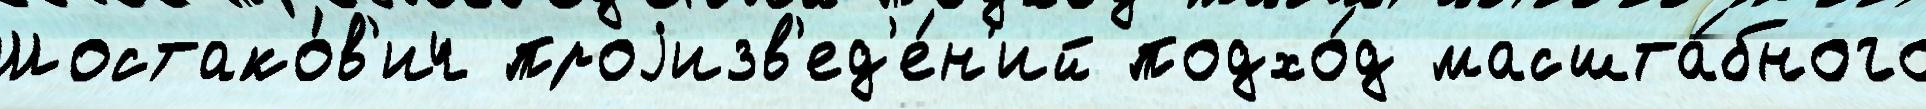
Шостако́в'ич проjизв'ед'е́н'ий подхо́д масшта́бного